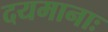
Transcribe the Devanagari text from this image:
दयमानाः